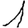
Digit: 1